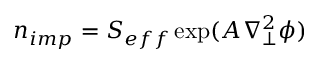
n _ { i m p } = S _ { e f f } \exp ( { A \nabla _ { \perp } ^ { 2 } \phi } )